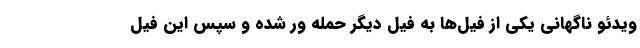
ویدئو ناگهانی یکی از فیل‌ها به فیل دیگر حمله ور شده و سپس این فیل